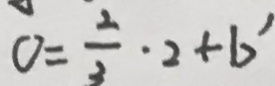
0 = \frac { 2 } { 3 } \cdot 2 + b ^ { \prime }